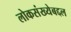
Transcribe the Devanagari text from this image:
लोकसंख्येबद्दल